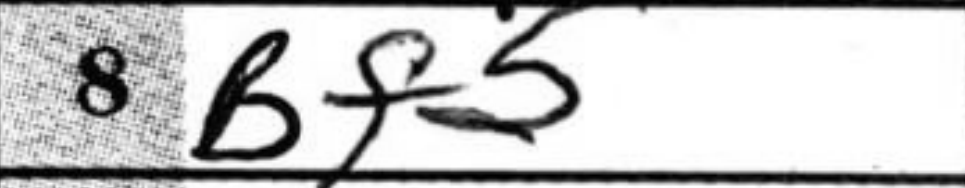
Transcription: Bf5